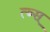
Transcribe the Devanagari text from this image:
त्ब्स्